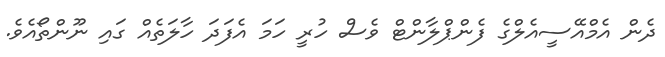
ދެން އެމްއޭސީއެލްގެ ފެންޕްލާންޓް ވެސް ހުރީ ހަމަ އެފަދަ ހާލަތެއް ގައި ނޫންތޯއެވެ.